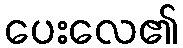
ပေးလေ၏